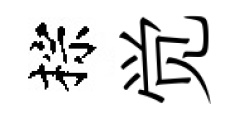
棕觉